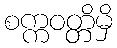
စက္ကဝတ္တိမှိ